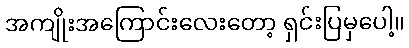
အကျိုးအကြောင်းလေးတော့ ရှင်းပြမှပေါ့။